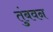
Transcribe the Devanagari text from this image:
तुंबवन